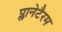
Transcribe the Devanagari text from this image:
प्लानेटैरम